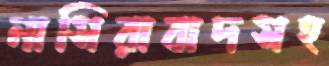
নাসিরাবাদসহ